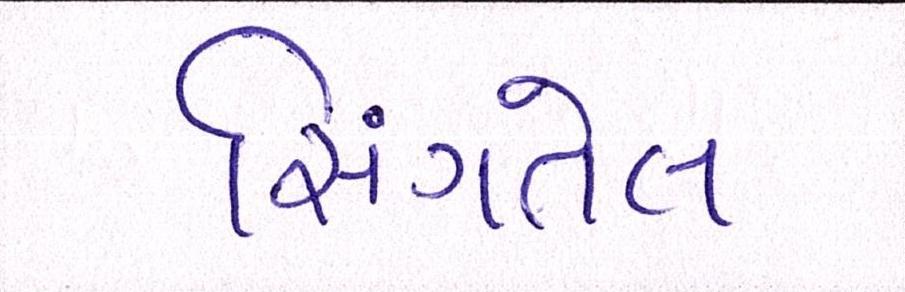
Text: સિંગતેલ